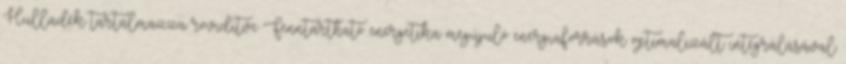
Hulladék tartalmazza rövidítve Fenntartható energetika megújuló energiaforrások optimalizált integrálásával